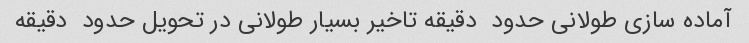
آماده سازی طولانی حدود  دقیقه تاخیر بسیار طولانی در تحویل حدود  دقیقه